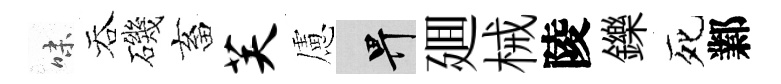
味吞磯畜芙慮畀廽械陵鑠死鄴